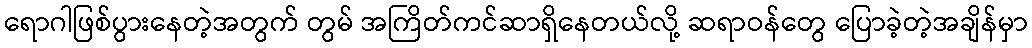
ရောဂါဖြစ်ပွားနေတဲ့အတွက် တွမ် အကြိတ်ကင်ဆာရှိနေတယ်လို့ ဆရာဝန်တွေ ပြောခဲ့တဲ့အချိန်မှာ